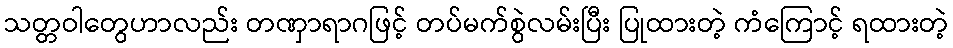
သတ္တဝါတွေဟာလည်း တဏှာရာဂဖြင့် တပ်မက်စွဲလမ်းပြီး ပြုထားတဲ့ ကံကြောင့် ရထားတဲ့